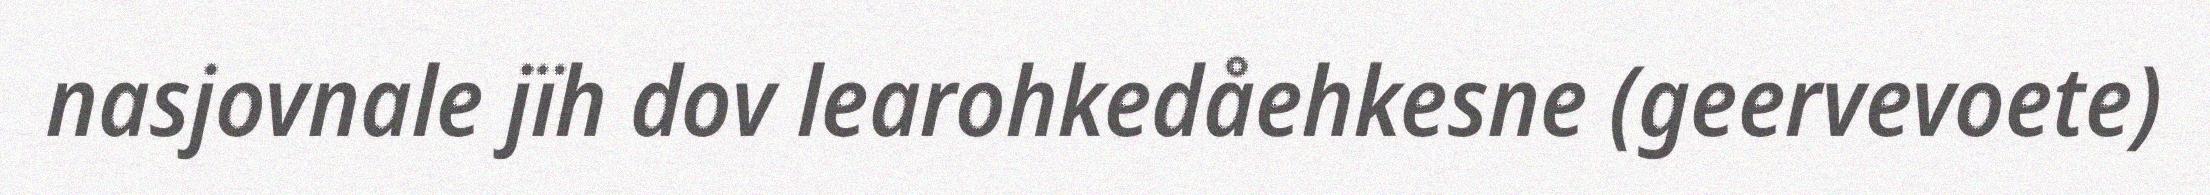
nasjovnale jïh dov learohkedåehkesne (geervevoete)